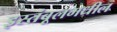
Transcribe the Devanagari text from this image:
इस्तंबूलमधील